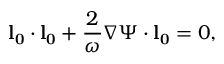
\mathbf { l _ { 0 } } \cdot \mathbf { l _ { 0 } } + \frac { 2 } { \omega } \nabla \Psi \cdot \mathbf { l _ { 0 } } = 0 ,